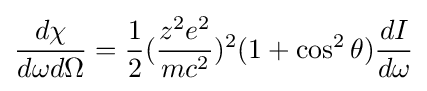
{\frac {d\chi }{d\omega d\Omega }}={\frac {1}{2}}({\frac {z^{2}e^{2}}{mc^{2}}})^{2}(1+\cos ^{2}{\theta }){\frac {dI}{d\omega }}